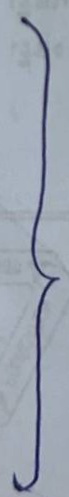
}